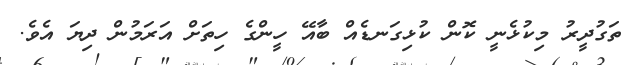
ތަގުދީރު މިކުޅެނީ ކޮން ކުޅިގަނޑެއް ބާއޭ ހީންގެ ހިތަށް އަރަމުން ދިޔަ އެވެ.